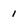
Character: i